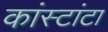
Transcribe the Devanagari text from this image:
कांस्टांटा